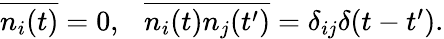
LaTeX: \begin{array}{r}{\overline{{n_{i}(t)}}=0,\ \ \ \overline{{n_{i}(t)n_{j}(t^{\prime})}}=\delta_{ij}\delta(t-t^{\prime}).}\end{array}